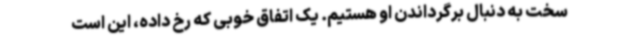
سخت به دنبال برگرداندن او هستیم. یک اتفاق خوبی که رخ داده، این است